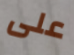
على